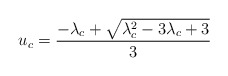
\begin{align*}u_c=\frac{-\lambda_c+\sqrt{\lambda_c^2-3\lambda_c+3}}{3}\end{align*}